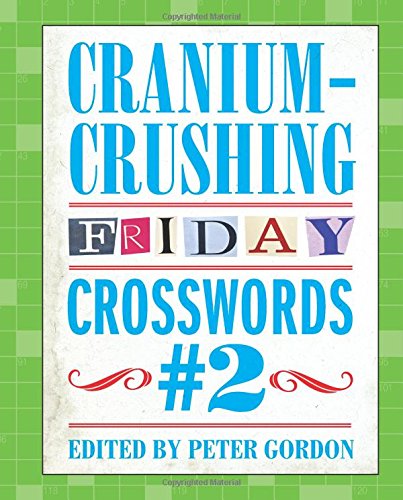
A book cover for Cranium-Crushing Friday Crosswords #2; Humor & Entertainment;